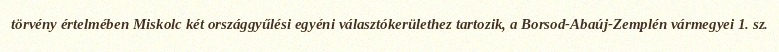
törvény értelmében Miskolc két országgyűlési egyéni választókerülethez tartozik, a Borsod-Abaúj-Zemplén vármegyei 1. sz.